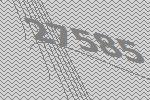
27585